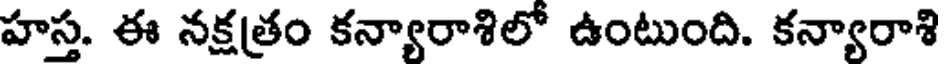
హస్త. ఈ నక్షత్రం కన్యారాశిలో ఉంటుంది. కన్యారాశి